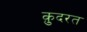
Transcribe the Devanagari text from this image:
क़़ुदरत